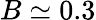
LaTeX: B\simeq 0.3